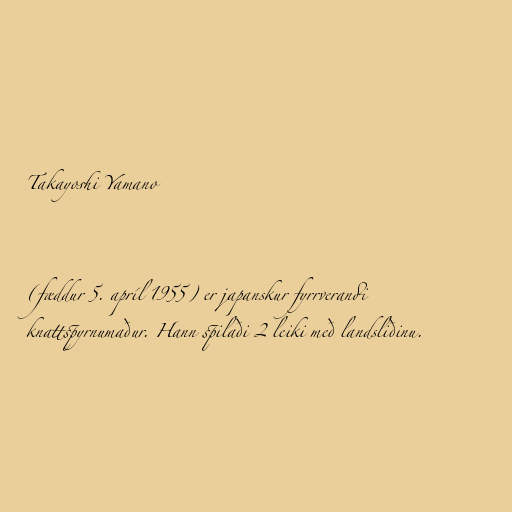
Takayoshi Yamano

(fæddur 5. apríl 1955) er japanskur fyrrverandi
knattspyrnumaður. Hann spilaði 2 leiki með landsliðinu.